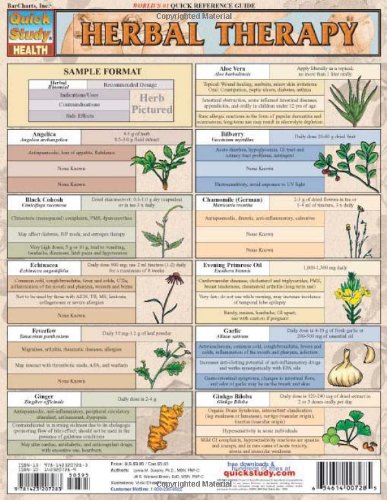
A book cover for Herbal Therapy (Quickstudy: Health); Lynne Dunphy; Health, Fitness & Dieting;